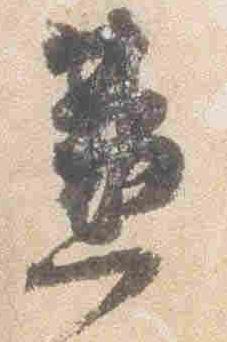
兼